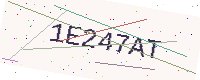
Text: 1E247AT